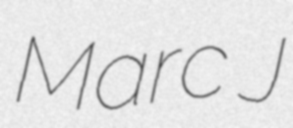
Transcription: Marc J